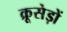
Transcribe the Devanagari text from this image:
क्रूसेड़ों